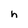
Character: h